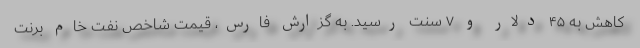
کاهش به ۴۵ دلار و ۷ سنت رسید. به گزارش فارس، قیمت شاخص نفت خام برنت